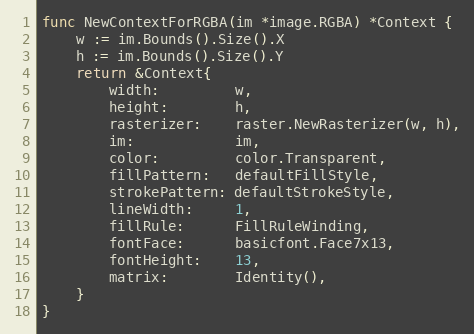
Language: Go
func NewContextForRGBA(im *image.RGBA) *Context {
	w := im.Bounds().Size().X
	h := im.Bounds().Size().Y
	return &Context{
		width:         w,
		height:        h,
		rasterizer:    raster.NewRasterizer(w, h),
		im:            im,
		color:         color.Transparent,
		fillPattern:   defaultFillStyle,
		strokePattern: defaultStrokeStyle,
		lineWidth:     1,
		fillRule:      FillRuleWinding,
		fontFace:      basicfont.Face7x13,
		fontHeight:    13,
		matrix:        Identity(),
	}
}